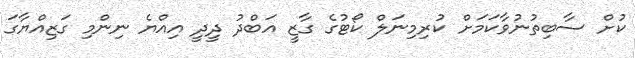
ކުށް ސާބިތުނުވާކަމަށް ކުރިމިނަލް ކޯޓުގެ ގާޒީ އަބްދު ދީދީ އިއްޔެ ނިންމި ގަޒިއްޔާގަ